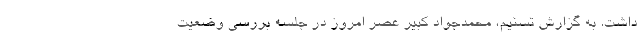
داشت. به گزارش تسنیم، محمدجواد کبیر عصر امروز در جلسه بررسی وضعیت